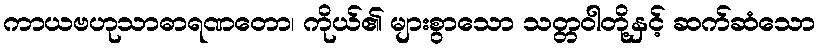
ကာယဗဟုသာဓာရဏတော၊ ကိုယ်၏ များစွာသော သတ္တဝါတို့နှင့် ဆက်ဆံသော